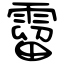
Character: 霤